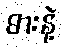
ဓားနဲ့